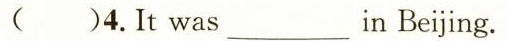
( )4.It was ___ in Beijing.